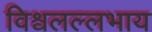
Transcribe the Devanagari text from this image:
विश्वलल्लभाय